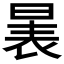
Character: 𱢉